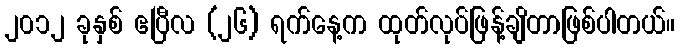
၂၀၁၂ ခုနှစ် ဧပြီလ (၂၆) ရက်နေ့က ထုတ်လုပ်ဖြန့်ချိတာဖြစ်ပါတယ်။